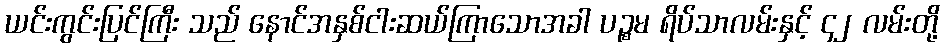
ယင်းကွင်းပြင်ကြီး သည် နောင်အနှစ်ငါးဆယ်ကြာသောအခါ ပဉ္စမ ရိပ်သာလမ်းနှင့် ၄၂ လမ်းတို့